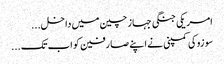
امریکی جنگی جہاز چین میں داخل...
سو زوکی کمپنی نے اپنے صا رفین کو اب تک...